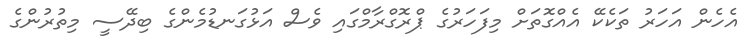
އެހެން އަހަރު ތަކެކޭ އެއްގޮތަށް މިފަހަރުގެ ޕްރޮގްރާމްގައި ވެސް އަޅުގަނޑުމެންގެ ބިދޭސީ މިތުރުންގެ